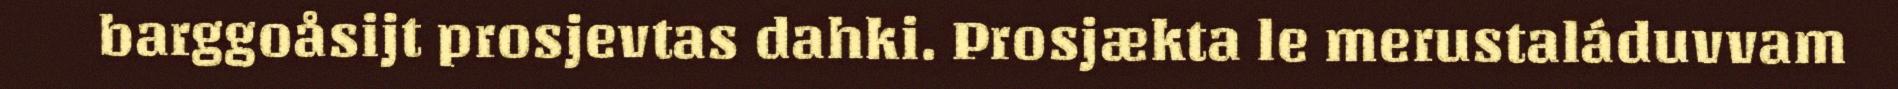
barggoåsijt prosjevtas dahki. Prosjækta le merustaláduvvam